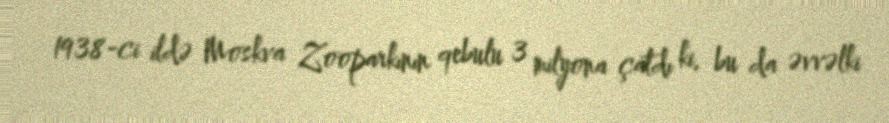
1938-ci ildə Moskva Zooparkının qebulu 3 milyona çatdı ki, bu da əvvəlki